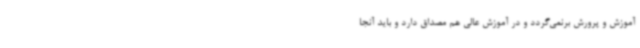
آموزش و پرورش برنمی‌گردد و در آموزش عالی هم مصداق دارد و باید آنجا